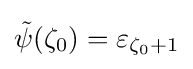
{\tilde {\psi }}(\zeta _{0})=\varepsilon _{\zeta _{0}+1}